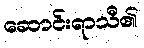
ဆောင်းရာသီ၏